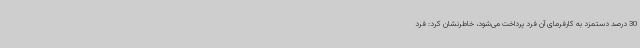
30 درصد دستمزد به کارفرمای آن فرد پرداخت می‌شود، خاطرنشان کرد: فرد